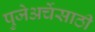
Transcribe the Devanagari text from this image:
पुजेअर्चेसाठी